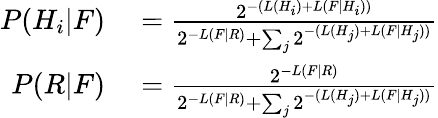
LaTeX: \begin{array}{rl}{P(H_{i}|F)}&{{}={\frac{2^{-(L(H_{i})+L(F|H_{i}))}}{2^{-L(F|R)}+\sum_{j}2^{-(L(H_{j})+L(F|H_{j}))}}}}\\ {P(R|F)}&{{}={\frac{2^{-L(F|R)}}{2^{-L(F|R)}+\sum_{j}{2^{-(L(H_{j})+L(F|H_{j}))}}}}}\end{array}